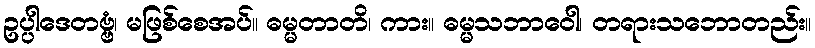
ဥပ္ပါဒေတဗ္ဗံ၊ မဖြစ်စေအပ်။ ဓမ္မတာတိ၊ ကား။ ဓမ္မသဘာဝေါ၊ တရားသဘောတည်း။